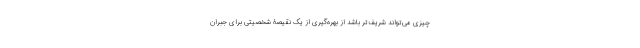
چیزی می‌تواند شریف‌تر باشد از بهره‌گیری از یک نقیصۀ شخصیتی برای جبران